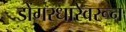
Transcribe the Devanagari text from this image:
डोंगरधारेवरून